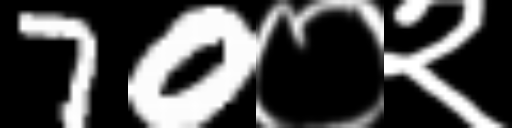
Text: 70०२